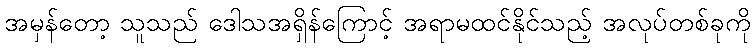
အမှန်တော့ သူသည် ဒေါသအရှိန်ကြောင့် အရာမထင်နိုင်သည့် အလုပ်တစ်ခုကို